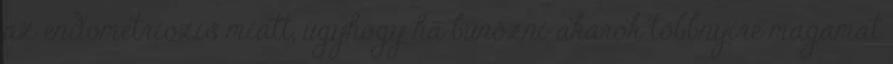
az endometriózis miatt, úgyhogy ha bűnözni akarok többnyire magamat